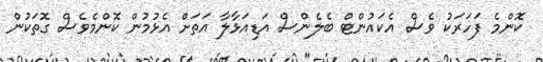
ކޮންމެ ފަހަރަކު ވެސް އެކައުންޓް ބެލެންސް އަޑިއަޅާލާ އަތަށް އެޅުމުން ކޮންމެވެސް ގޮތަކުން